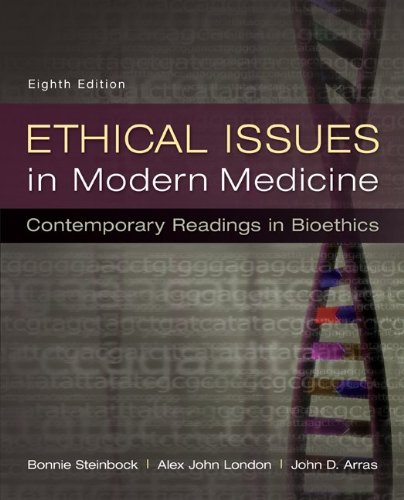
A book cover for Ethical Issues in Modern Medicine: Contemporary Readings in Bioethics; Bonnie Steinbock; Medical Books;